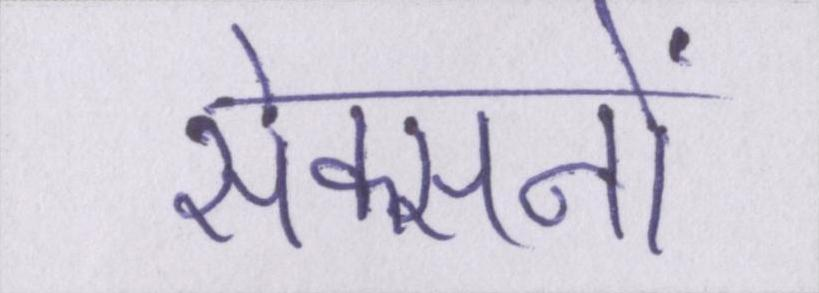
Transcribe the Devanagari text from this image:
सेक्सनों